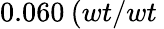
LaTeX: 0.060\: (wt/wt\